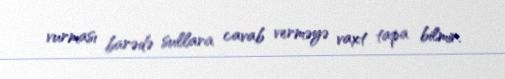
vurması barədə sullara cavab verməyə vaxt tapa bilmir.